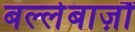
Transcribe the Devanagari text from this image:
बल्लेबाज़ौं